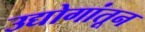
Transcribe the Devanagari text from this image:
उद्योगांतून